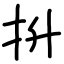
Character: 抍